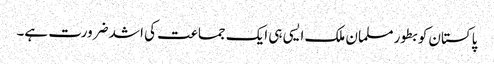
پاکستان کو بطور مسلمان ملک ایسی ہی ایک جماعت کی اشد ضرورت ہے۔